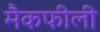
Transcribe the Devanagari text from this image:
मैकफीली